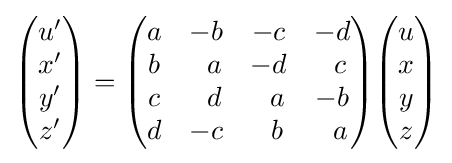
{\begin{pmatrix}u'\\x'\\y'\\z'\end{pmatrix}}={\begin{pmatrix}a&-b&-c&-d\\b&\;\,\,a&-d&\;\,\,c\\c&\;\,\,d&\;\,\,a&-b\\d&-c&\;\,\,b&\;\,\,a\end{pmatrix}}{\begin{pmatrix}u\\x\\y\\z\end{pmatrix}}